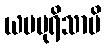
ယမပုရိသာပိ